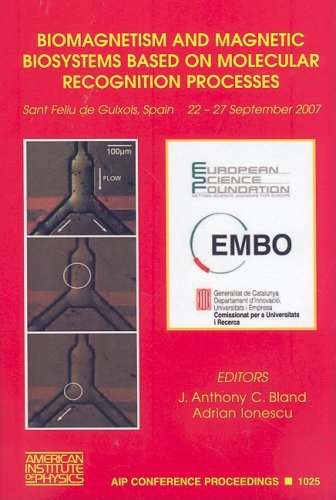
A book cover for Biomagnetism and Magnetic Biosystems Based on Molecular Recognition Processes (AIP Conference Proceedings); Science & Math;